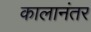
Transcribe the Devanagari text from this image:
कालानंतर